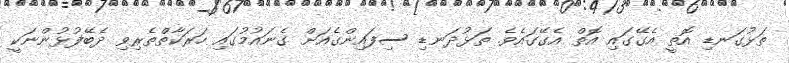
ތަޅުގަނޑި އޮތީ އެގޭގައި އޮތް އެގޭގައެވެ. ތަޅުދަނޑި ސިފައިންގެއަށް ގެނައުމުގައި ހަރަކާތްތެރިވި ދެބޭފުޅުންނަކީ